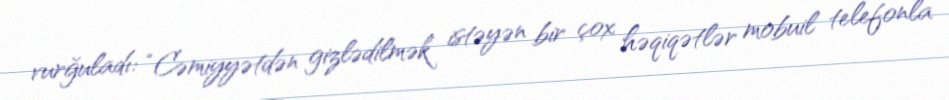
vurğuladı: “Cəmiyyətdən gizlədilmək istəyən bir çox həqiqətlər mobuil telefonla